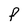
Character: F